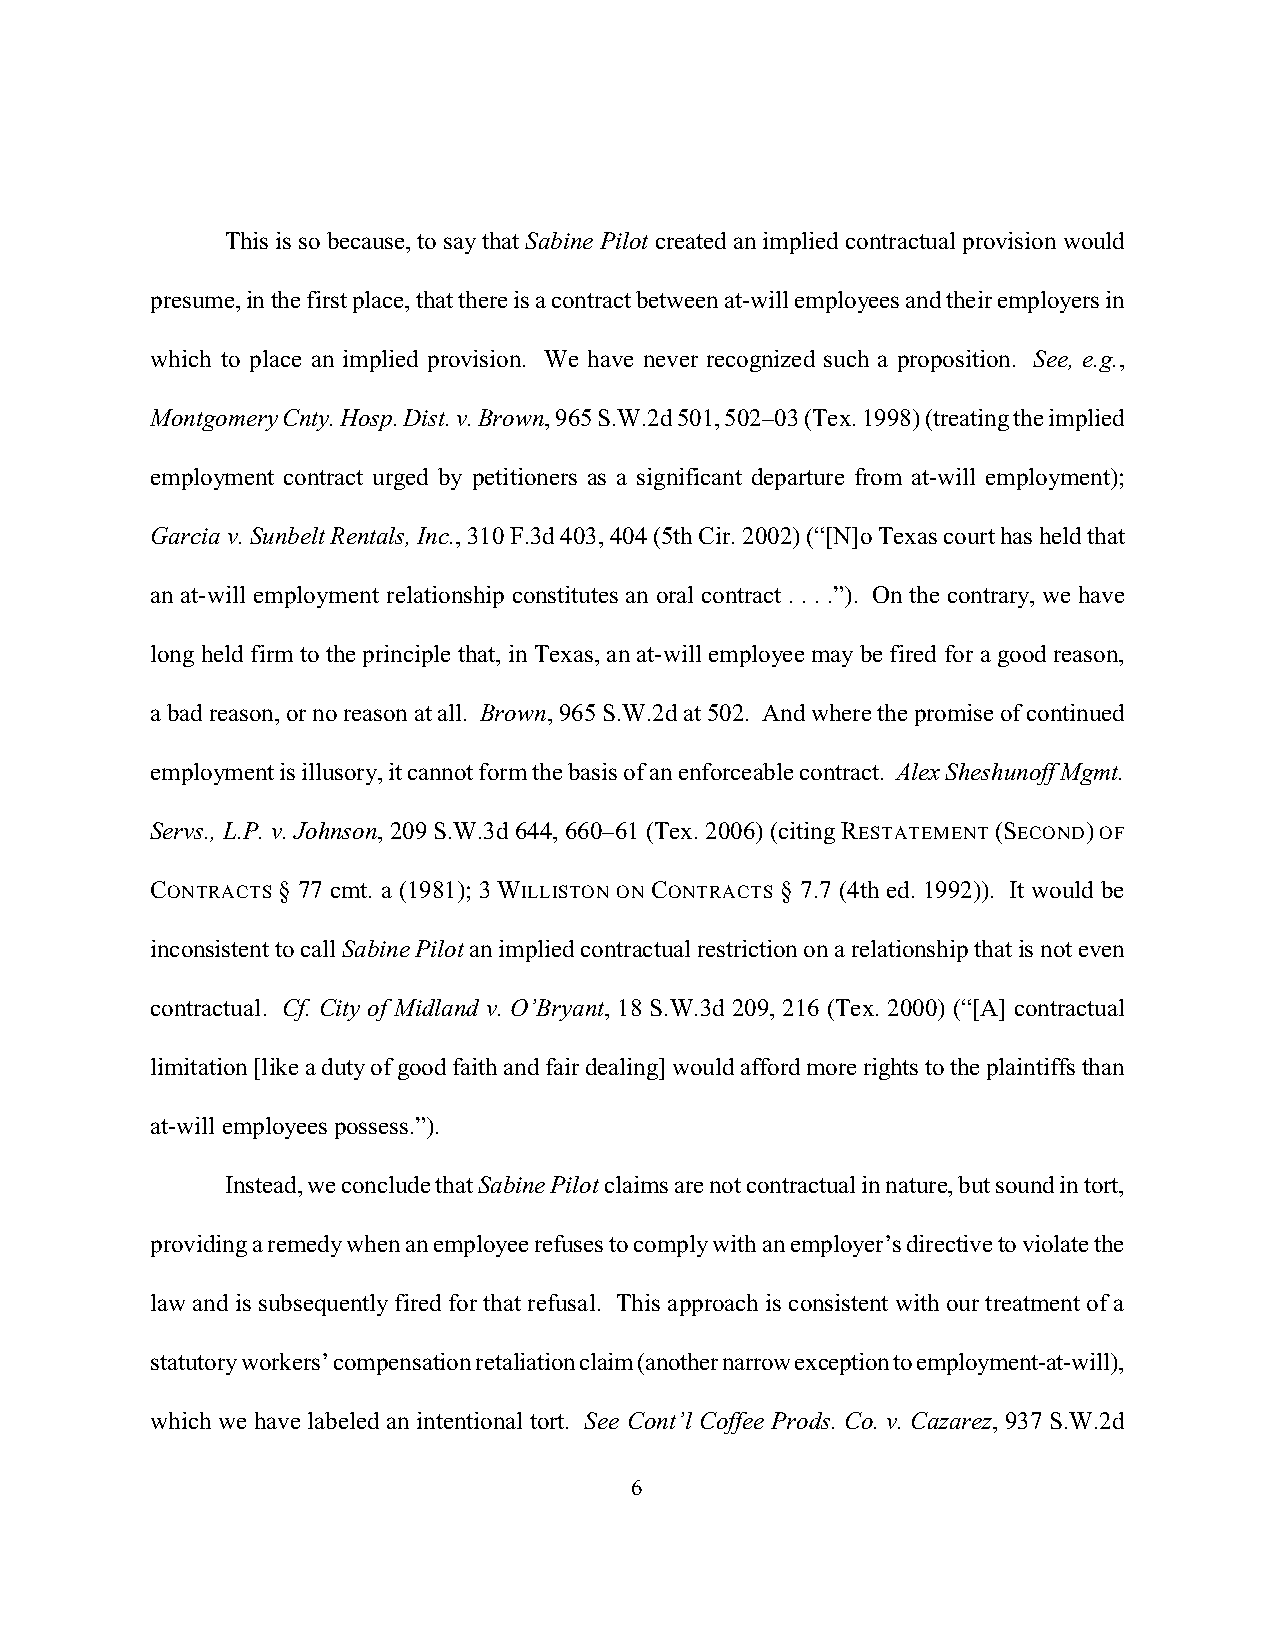
This is so because, to say that Sabine Pilot created an implied contractual provision would
 presume, in the first place, that there is a contract between at-will employees and their employers in
 which to place an implied provision. We have never recognized such a proposition. See, e.g.,
 Montgomery Cnty. Hosp. Dist. v. Brown, 965 S.W.2d 501, 502–03 (Tex. 1998) (treating the implied
 employment contract urged by petitioners as a significant departure from at-will employment);
 Garcia v. Sunbelt Rentals, Inc., 310 F.3d 403, 404 (5th Cir. 2002) (“[N]o Texas court has held that
 an at-will employment relationship constitutes an oral contract . . . .”). On the contrary, we have
 long held firm to the principle that, in Texas, an at-will employee may be fired for a good reason,
 a bad reason, or no reason at all. Brown, 965 S.W.2d at 502. And where the promise of continued
 employment is illusory, it cannot form the basis of an enforceable contract. Alex Sheshunoff Mgmt.
 Servs., L.P. v. Johnson, 209 S.W.3d 644, 660–61 (Tex. 2006) (citing RESTATEMENT (SECOND) OF
 CONTRACTS § 77 cmt. a (1981); 3 WILLISTON ON CONTRACTS § 7.7 (4th ed. 1992)). It would be
 inconsistent to call Sabine Pilot an implied contractual restriction on a relationship that is not even
 contractual. Cf. City of Midland v. O’Bryant, 18 S.W.3d 209, 216 (Tex. 2000) (“[A] contractual
 limitation [like a duty of good faith and fair dealing] would afford more rights to the plaintiffs than
 at-will employees possess.”).
 Instead, we conclude that Sabine Pilot claims are not contractual in nature, but sound in tort,
 providing a remedy when an employee refuses to comply with an employer’s directive to violate the
 law and is subsequently fired for that refusal. This approach is consistent with our treatment of a
 statutory workers’ compensation retaliation claim (another narrow exception to employment-at-will),
 which we have labeled an intentional tort. See Cont’l Coffee Prods. Co. v. Cazarez, 937 S.W.2d
 6